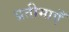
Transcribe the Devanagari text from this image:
प्रतीमाएँ